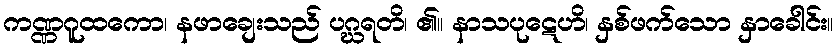
ကဏ္ဏဂူထကော၊ နဖာချေးသည် ပဂ္ဃရတိ၊ ၏။ နာသပုဋေဟိ၊ နှစ်ဖက်သော နှာခေါင်း။